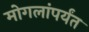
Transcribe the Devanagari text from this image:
मोगलांपर्यंत